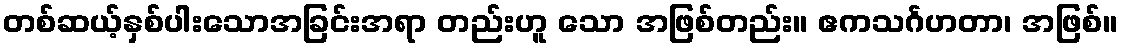
တစ်ဆယ့်နှစ်ပါးသောအခြင်းအရာ တည်းဟူ သော အဖြစ်တည်း။ ဧကသင်္ဂဟတာ၊ အဖြစ်။